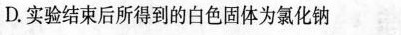
D.实验结束后所得到的白色固体为氯化钠